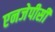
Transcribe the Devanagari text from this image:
एनजेपीसी